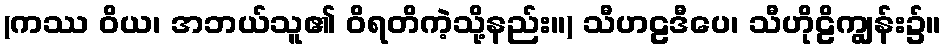
(ကဿ ဝိယ၊ အဘယ်သူ၏ ဝိရတိကဲ့သို့နည်း။) သီဟဠဒီပေ၊ သီဟိုဠိကျွန်း၌။